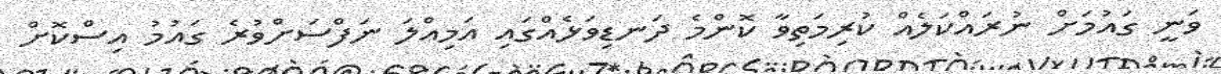
ވަނީ ގައުމަށް ނުރައްކަލެއް ކުރިމަތިވާ ކޮންމެ ދަނޑިވަޅެއްގައި އަމިއްލަ ނަފްސަށްވުރެ ގައުމު އިސްކޮށް